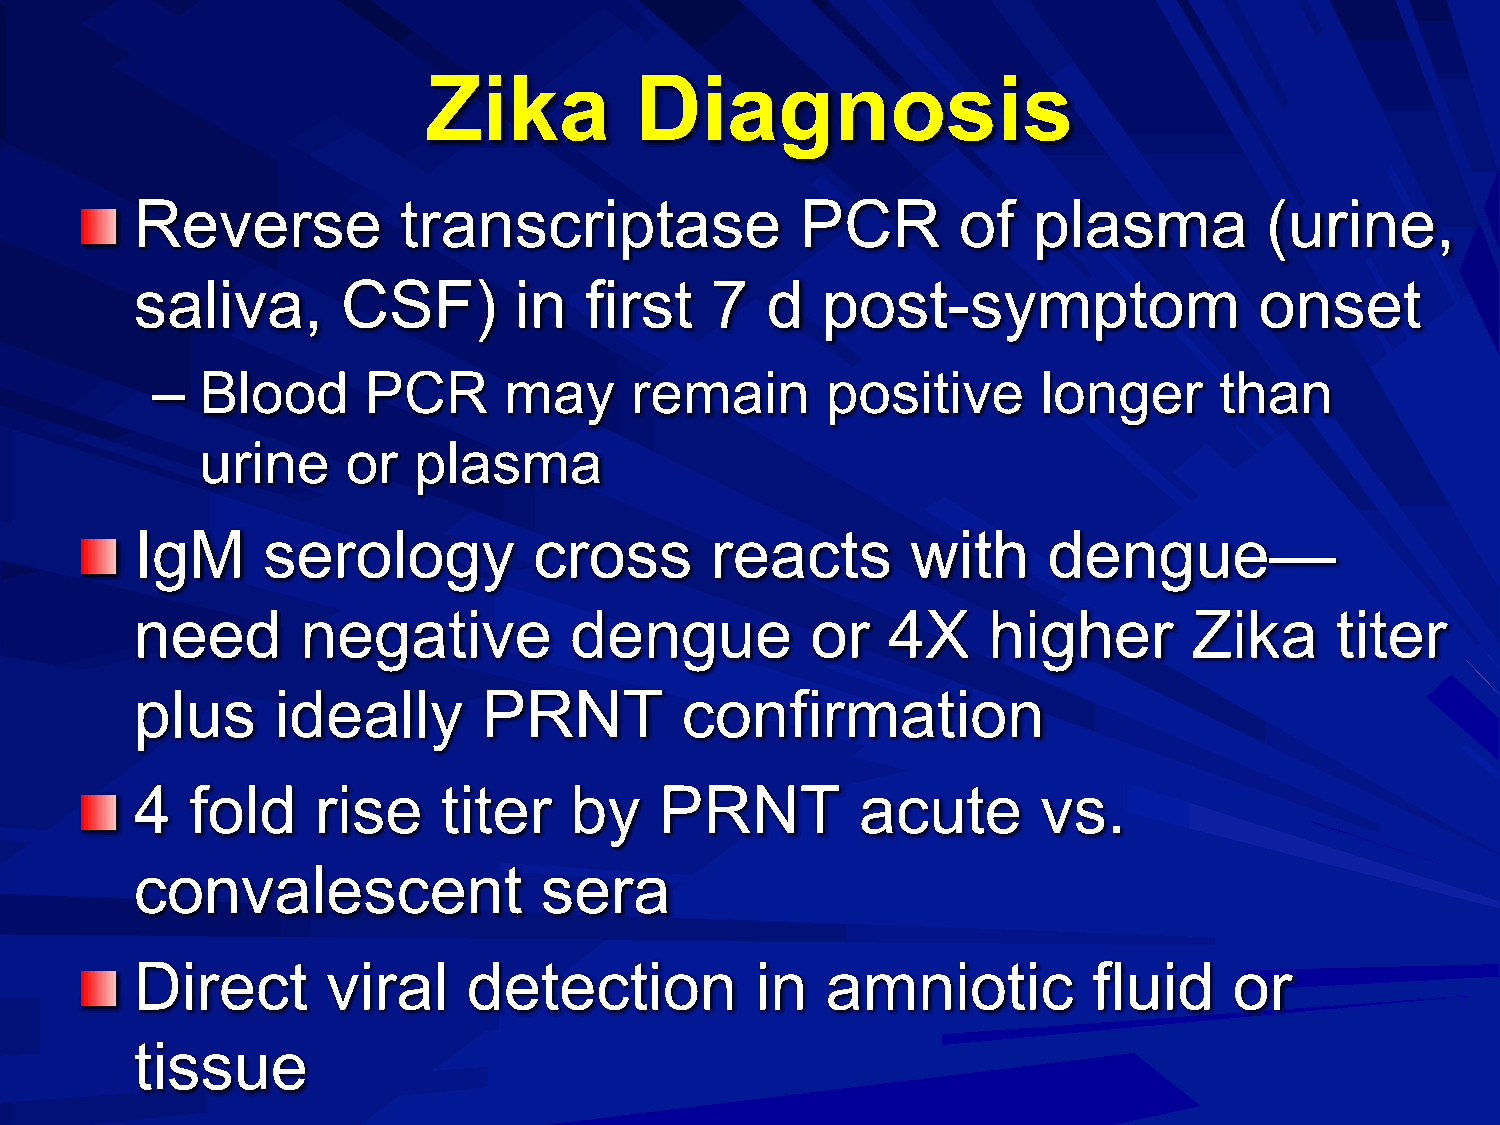
Zika          Diagnosis
 Reverse          transcriptase              PCR       of   plasma          (urine,
 saliva,       CSF)       in   first   7   d  post-symptom                 onset
 –  Blood      PCR      may      remain       positive      longer      than
 urine     or  plasma
 IgM     serology          cross       reacts       with     dengue—
 need       negative          dengue          or   4X    higher        Zika     titer
 plus     ideally       PRNT         confirmation
 4   fold    rise    titer    by    PRNT         acute       vs.
 convalescent               sera
 Direct       viral    detection          in   amniotic         fluid     or
 tissue